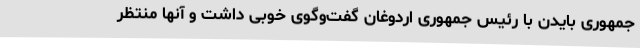
جمهوری بایدن با رئیس جمهوری اردوغان گفت‌وگوی خوبی داشت و آنها منتظر